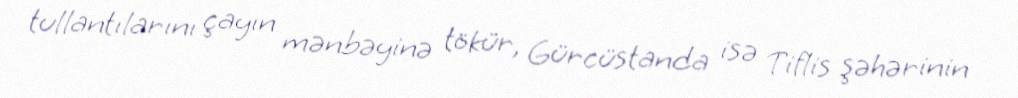
tullantılarını çayın mənbəyinə tökür, Gürcüstanda isə Tiflis şəhərinin